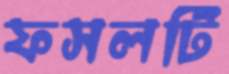
ফসলটি